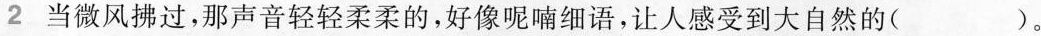
2当微风拂过，那声音轻轻柔柔的，好像呢喃细语，让人感受到大自然的()。